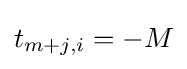
t_{m+j,i}=-M